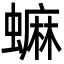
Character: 䗫